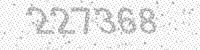
Solution: 227368